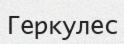
Геркулес